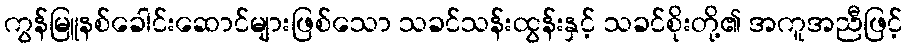
ကွန်မြူနစ်ခေါင်းဆောင်များဖြစ်သော သခင်သန်းထွန်းနှင့် သခင်စိုးတို့၏ အကူအညီဖြင့်